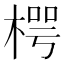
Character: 㮙